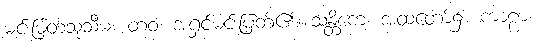
မင်းမြတ်သုသီမ။ တဝ၊ အရှင်မင်းမြတ်၏။ သန္တိကေ၊ အထံတော်၌။ ကာဠာ၊